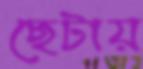
ছেটায়